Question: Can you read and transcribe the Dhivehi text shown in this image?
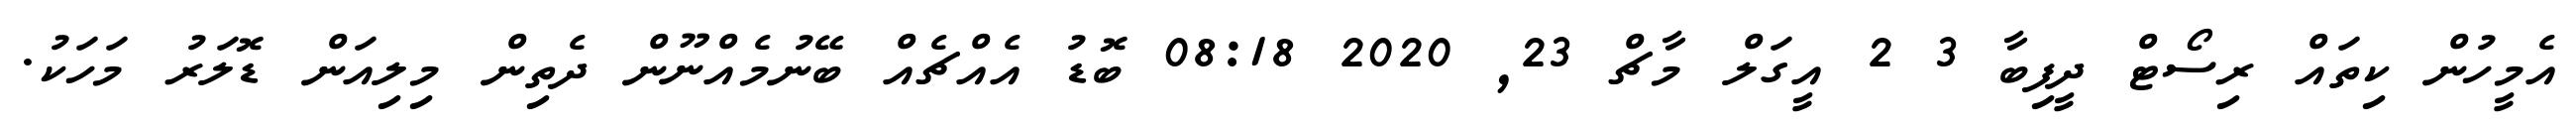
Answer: އެމީހުން ކިތައް ރިސޯޓް ދީފިބާ 3 2 އީގަލް މާޗް 23, 2020 08:18 ބޮޑު އެއްޗެއް ބޭނުމެއްނޫން ދެތިން މިލިއަން ޑޮލަރު މަހަކު.